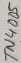
Text: TN4005